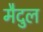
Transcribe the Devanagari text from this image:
मैदुल